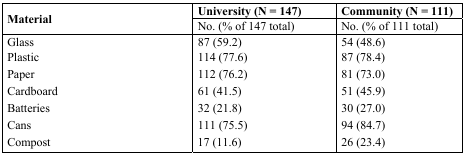
| <ROWSPAN=3> Material | University (N = 147) | Community (N = 111) |
 | No. (% of 147 total) | No. (% of 111 total) |
 | --- | --- | --- |
 | Glass | 87 (59.2) | 54 (48.6) |
 | Plastic | 114 (77.6) | 87 (78.4) |
 | Paper | 112 (76.2) | 81 (73.0) |
 | Cardboard | 61 (41.5) | 51 (45.9) |
 | Batteries | 32 (21.8) | 30 (27.0) |
 | Cans | 111 (75.5) | 94 (84.7) |
 | Compost | 17 (11.6) | 26 (23.4) |